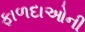
ફાળદાઓની